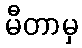
မီတာမှ